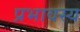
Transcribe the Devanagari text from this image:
प्रभावस्य